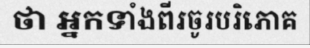
ថា អ្នកទាំងពីរចូរបរិភោគ